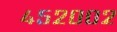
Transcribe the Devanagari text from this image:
४५२००२